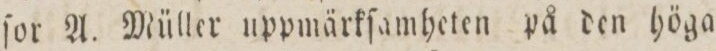
ſor A. Müller uppmärkſamheten på den höga